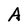
Character: A